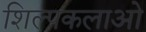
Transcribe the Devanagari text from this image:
शिल्पकलाओ